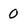
Character: 0